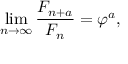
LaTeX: \operatorname* { l i m } _ { n \to \infty } { \frac { F _ { n + a } } { F _ { n } } } = \varphi ^ { a } ,